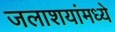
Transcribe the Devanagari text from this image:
जलाशयांमध्ये